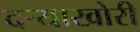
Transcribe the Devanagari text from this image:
दऱ्‍याखोरी